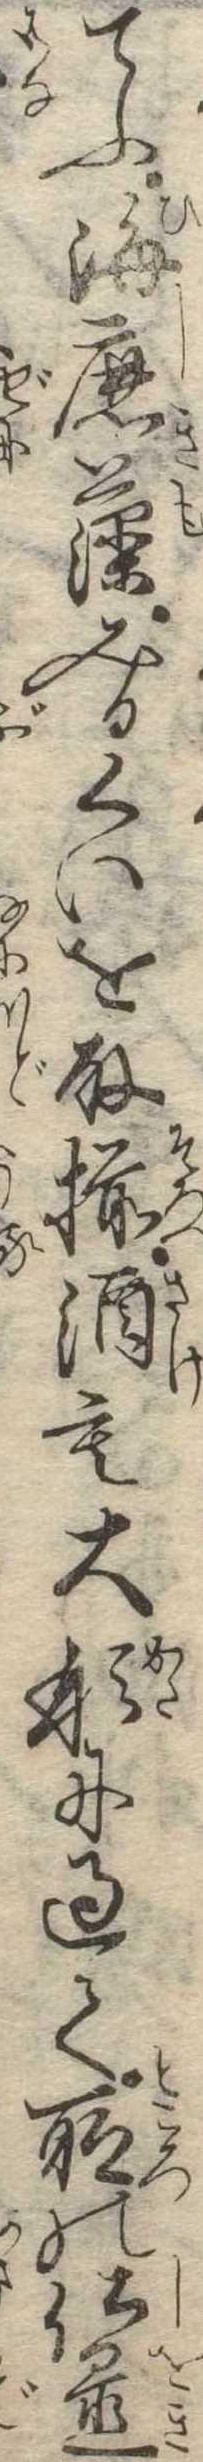
てふ海鹿藻みるくいを取揃酒も大形に過て所の仕置